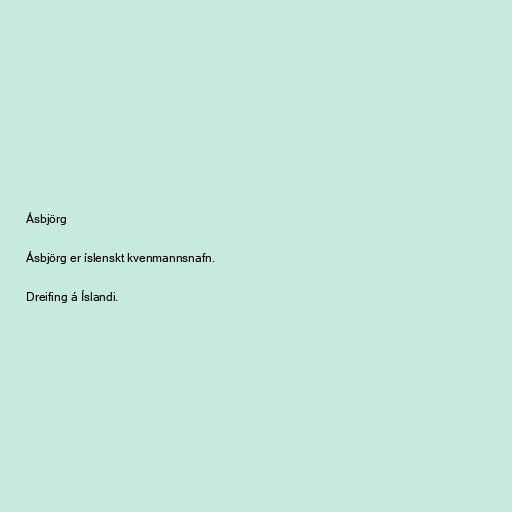
Ásbjörg

Ásbjörg er íslenskt kvenmannsnafn.

Dreifing á Íslandi.